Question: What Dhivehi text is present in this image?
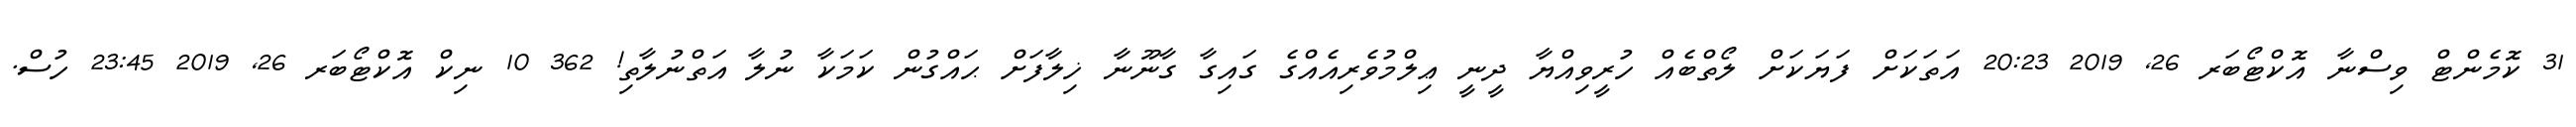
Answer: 31 ކޮމެންޓް ވިސްނާ އޮކްޓޯބަރ 26, 2019 20:23 އަތަކަށް ފަޔަކަށް ލޯތްބެއް ހުރީވިއްޔާ ދީނީ ޢިލްމުވެރިއެއްގެ ގައިގާ ގާނޫނާ ޚިލާފަށް ޙައްގުން ކަމަކާ ނުލާ އަތްނުލާތި! 362 10 ނިކް އޮކްޓޯބަރ 26, 2019 23:45 ހުސް.